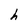
Character: h